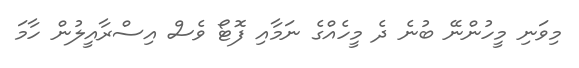
މިވަނި މީހުންނޭ ބުނެ ދެ މީހެއްގެ ނަމާއި ފޮޓޯ ވެސް އިސްރާއީލުން ހާމަ